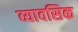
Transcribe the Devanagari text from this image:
व्यावसिक